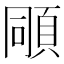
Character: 𩒗